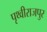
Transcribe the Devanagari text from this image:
पृथ्वीराजपुर